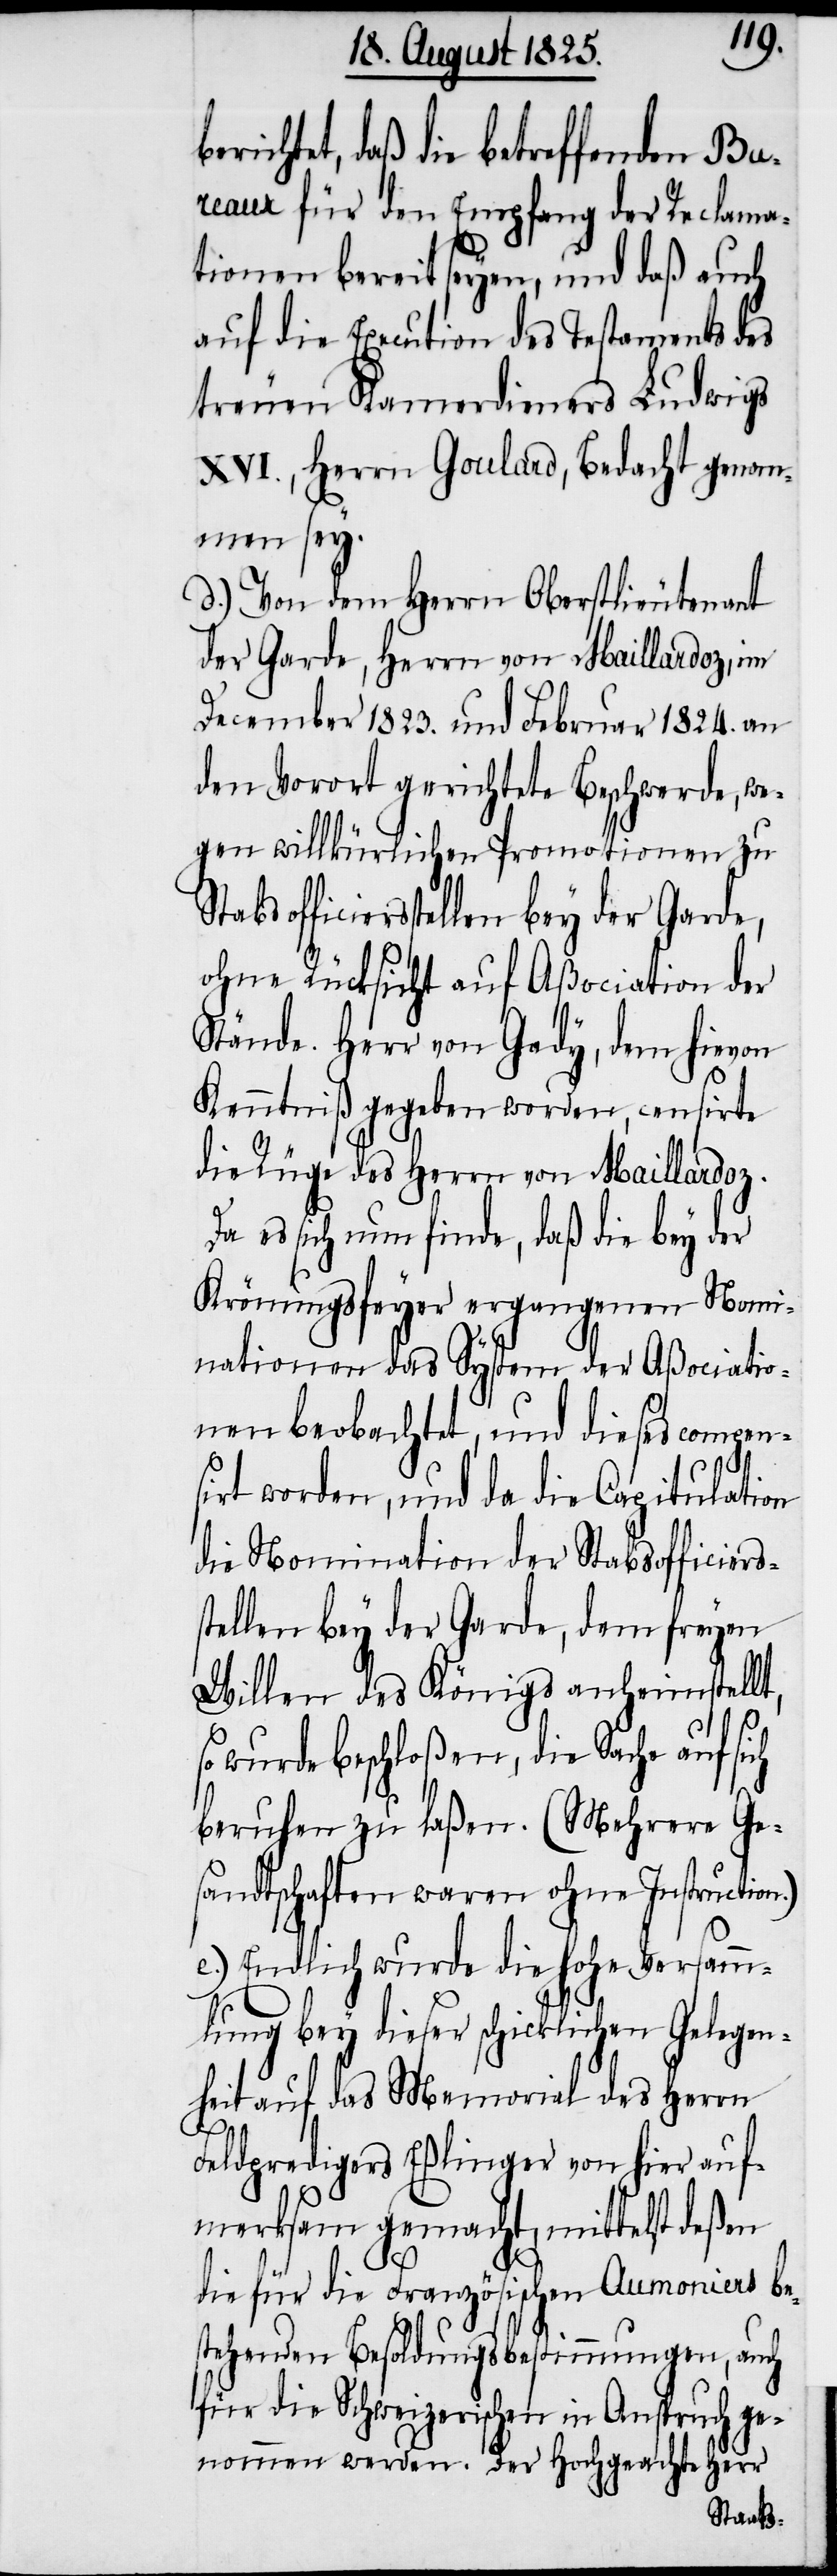
s¬
berichtet, daß die betreffenden Bur¬
eaux für den Empfang der Reclama¬
tionen bereit seyen, und daß auch
auf die Execution des Testaments des
treuen Kamerdieners Ludwigs
XVI., Herrn Goulard, Bedacht genom¬
men sey.
d.) Von dem Herrn Oberstlieutenant
der Garde, Herrn von Maillardoz, im
December 1823. und Februar 1824. an
den Vorort gerichtete Beschwerde, we¬
gen willkürlichen Promotionen zu
officiersstellen bey der Garde,
ohne Rücksicht auf Aßociation der
Stände. Herr von Gady, dem hievon
Kenntniß gegeben worden, censirte
die Rüge des Herrn von Maillardoz.
Da es sich nun finde, daß die bey der
Krönungsfeyer ergangenen Nomi¬
nationen das System der Aßociatio¬
nen beobachtet, und dieses compen¬
sirt worden, und da die Capitulation
die Nomination der Stabsofficiers¬
tellen bey der Garde, dem freyen
Willen des Königs anheimstellt,
so wurde beschloßen, die Sache auf sich
beruhen zu laßen. (Mehrere Ge¬
sandtschaften waren ohne Instruction.)
e.) Endlich wurde die hohe Versamm¬
lung bey dieser schicklichen Gelegen¬
heit auf das Memorial des Herrn
Feldpredigers Eßlinger von hier auf¬
merksam gemacht, mittelst deßen
die für die Französischen Aumoniers be¬
stehenden Besoldungsbestimmungen, auch
für die Schweizerischen in Anspruch ge¬
nommen werden. Der Hochgeachte Herr
Stabs¬